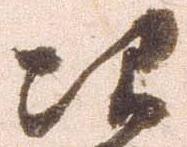
次